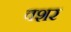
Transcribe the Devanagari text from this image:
वशर